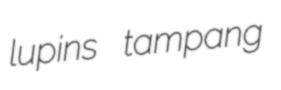
lupins tampang